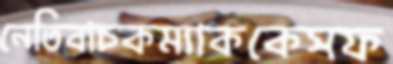
নেতিবাচকম্যাককেসফ